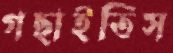
গছাইতিস